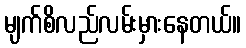
မျက်စိလည်လမ်းမှားနေတယ်။